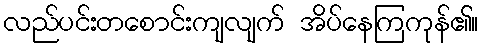
လည်ပင်းတစောင်းကျလျက် အိပ်နေကြကုန်၏။